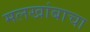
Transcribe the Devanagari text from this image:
मलखांबाचा